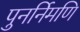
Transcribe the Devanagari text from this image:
पुनर्निमणि